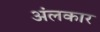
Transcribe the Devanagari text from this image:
अंलकार